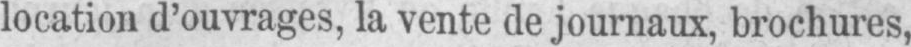
location d’ouvrages, la vente de journaux, brochures,